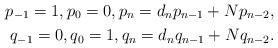
LaTeX: \begin{align*} p_{-1}=1, p_0=0, p_n=d_np_{n-1}+Np_{n-2},\\ q_{-1}=0, q_0=1, q_n=d_nq_{n-1}+Nq_{n-2}.\end{align*}